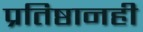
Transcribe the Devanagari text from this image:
प्रतिष्ठानही